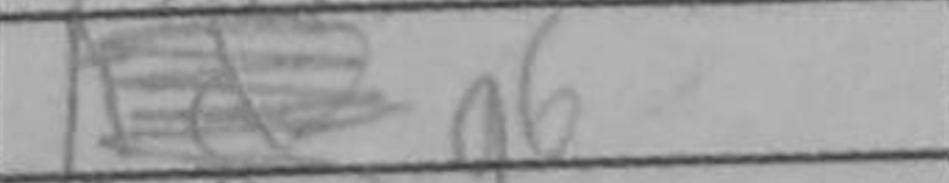
Transcription: g6